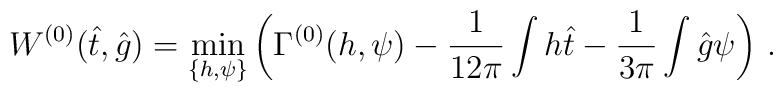
W^{(0)}(\hat t,\hat g) = \min_{\{h,\psi \}}\left(\Gamma ^{(0)}(h,\psi ) -\frac{1}{12\pi }\int h\hat t - \frac{1}{3\pi }\int \hat g \psi \right)\,.